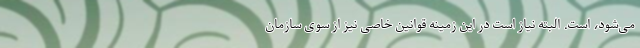
می‌شود، است. البته نیاز است در این زمینه قوانین خاصی نیز از سوی سازمان